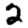
Digit: 2